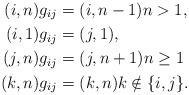
LaTeX: \begin{align*}(i,n)g_{ij} &= (i,n-1) n > 1,\\(i,1)g_{ij} &= (j,1),\\(j,n)g_{ij} &= (j,n+1) n\ge 1\\(k,n)g_{ij} &= (k,n) k\notin\{i,j\}.\end{align*}